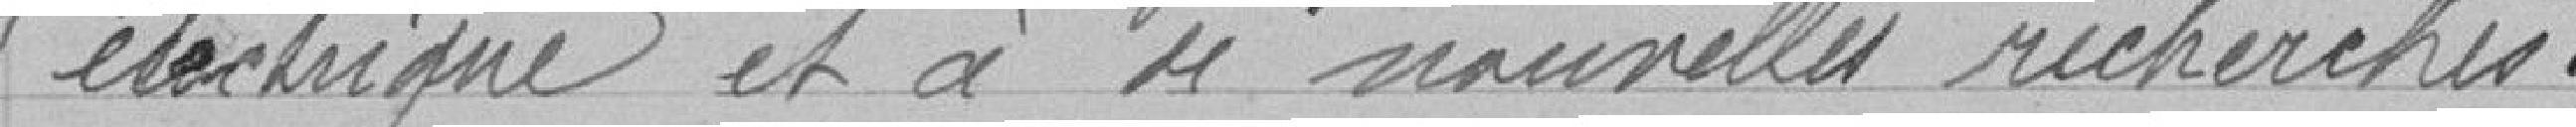
électrique et à de nouvelles recherches.